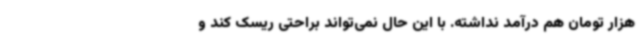
هزار تومان هم درآمد نداشته. با این حال نمی‌تواند براحتی ریسک کند و